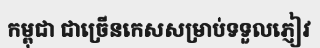
កម្ពុជា ជាច្រើនកេសសម្រាប់ទទួលភ្ញៀវ